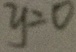
y = 0